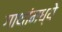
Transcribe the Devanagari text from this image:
गाथांमध्ये